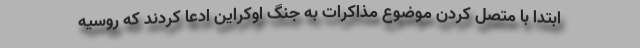
ابتدا با متصل کردن موضوع مذاکرات به جنگ اوکراین ادعا کردند که روسیه